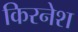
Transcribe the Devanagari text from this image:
किरनेश